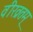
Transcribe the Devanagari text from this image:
वीरव्रतम्‌